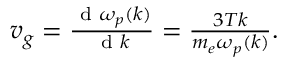
\begin{array} { r } { v _ { g } = \frac { \textrm { d } \omega _ { p } ( k ) } { \textrm { d } k } = \frac { 3 T k } { m _ { e } \omega _ { p } ( k ) } . } \end{array}